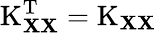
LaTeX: \operatorname{K}_{\mathbf{X}\mathbf{X}}^{\mathrm{{T}}}=\operatorname{K}_{\mathbf{X}\mathbf{X}}